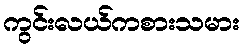
ကွင်းလယ်ကစားသမား